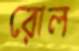
রোল